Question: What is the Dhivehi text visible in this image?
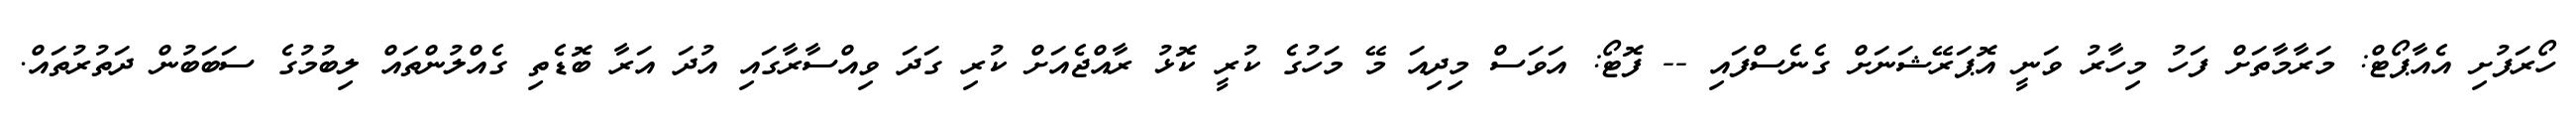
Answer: ހޯރަފުށި އެއާޕޯޓް: މަރާމާތަށް ފަހު މިހާރު ވަނީ އޮޕަރޭޝަނަށް ގެނެސްފައި -- ފޮޓޯ: އަވަސް މިދިއަ މޭ މަހުގެ ކުރީ ކޮޅު ރާއްޖެއަށް ކުރި ގަދަ ވިއްސާރާގައި އުދަ އަރާ ބޮޑެތި ގެއްލުންތައް ލިބުމުގެ ސަބަބުން ދަތުރުތައް.